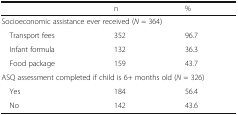
|  | n | % |
 | --- | --- | --- |
 | <COLSPAN=3> Socioeconomic assistance ever received (N = 364) |
 | Transport fees | 352 | 96.7 |
 | Infant formula | 132 | 36.3 |
 | Food package | 159 | 43.7 |
 | <COLSPAN=3> ASQ assessment completed if child is 6+ months old (N = 326) |
 | Yes | 184 | 56.4 |
 | No | 142 | 43.6 |